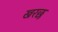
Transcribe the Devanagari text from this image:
खरछ